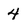
Character: 4